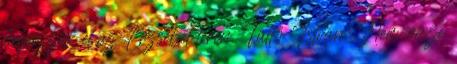
helyezzük el az Erzsébet téren. Tüttő István: Nem része